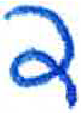
אות: ד